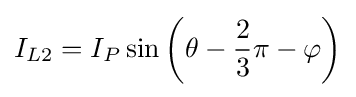
I_{L2}=I_{P}\sin \left(\theta -{\frac {2}{3}}\pi -\varphi \right)